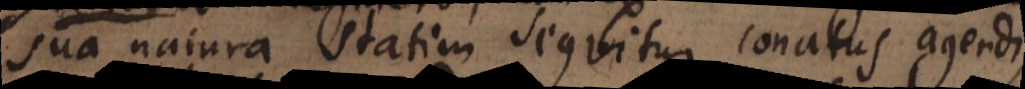
sua natura statim sequitur conatus agendi,